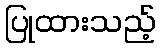
ပြုထားသည့်